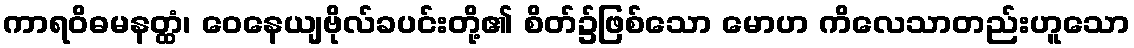
ကာရဝိဓမနတ္ထံ၊ ဝေနေယျဗိုလ်ခပင်းတို့၏ စိတ်၌ဖြစ်သော မောဟ ကိလေသာတည်းဟူသော